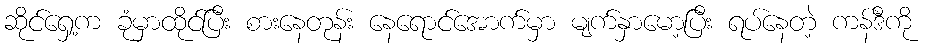
ဆိုင်ရှေ့က ခုံမှာထိုင်ပြီး စားနေတုန်း နေရောင်အောက်မှာ မျက်နှာမော့ပြီး ရပ်နေတဲ့ ကန်ဒီကို